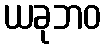
ယခုဘဝ